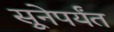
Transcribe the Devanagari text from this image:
सुूनेपर्यंत